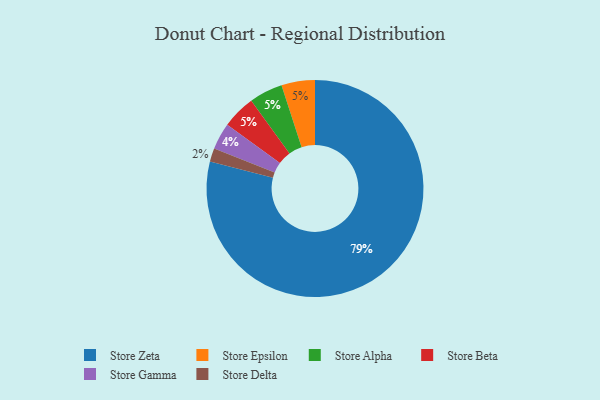
{"axis": {"x": "Category", "y": "Percentage"}, "legend": ["Store Alpha", "Store Beta", "Store Delta", "Store Epsilon", "Store Gamma", "Store Zeta"], "data": [{"x": "Store Gamma", "y": 4, "type": "Store Gamma"}, {"x": "Store Delta", "y": 2, "type": "Store Delta"}, {"x": "Store Epsilon", "y": 5, "type": "Store Epsilon"}, {"x": "Store Alpha", "y": 5, "type": "Store Alpha"}, {"x": "Store Zeta", "y": 79, "type": "Store Zeta"}, {"x": "Store Beta", "y": 5, "type": "Store Beta"}]}